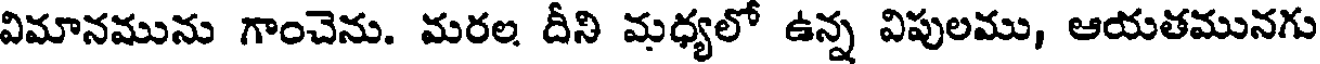
విమానమును గాంచెను. మరల దీని మధ్యలో ఉన్న విపులము, ఆయతమునగు